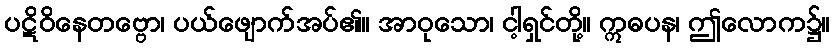
ပဋိဝိနေတဗ္ဗော၊ ပယ်ဖျောက်အပ်၏။ အာဝုသော၊ ငါ့ရှင်တို့။ ဣဓပန၊ ဤလောက၌။